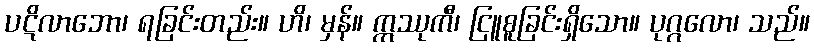
ပဋိလာဘော၊ ရခြင်းတည်း။ ဟိ၊ မှန်။ ဣဿုကီ၊ ငြူစူခြင်းရှိသော။ ပုဂ္ဂလော၊ သည်။